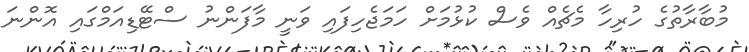
މުބާރާތުގެ ހުރިހާ މެޗެއް ވެސް ކުޅުމަށް ހަމަޖެހިފައި ވަނީ މާފަންނު ސްޓޭޑިއަމްގައި އޮންނަ